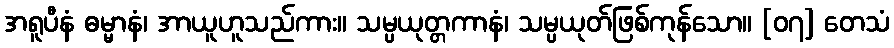
အရူပီနံ ဓမ္မာနံ၊ အာယူဟူသည်ကား။ သမ္ပယုတ္တကာနံ၊ သမ္ပယုတ်ဖြစ်ကုန်သော။ [၀၇] တေသံ